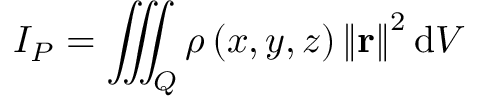
I _ { P } = \iiint _ { Q } \rho \left( x , y , z \right) \left\| \mathbf { r } \right\| ^ { 2 } \mathrm { d } V